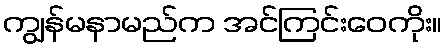
ကျွန်မနာမည်က အင်ကြင်းဝေကိုး။